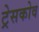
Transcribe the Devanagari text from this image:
ट्रेसकोव